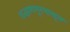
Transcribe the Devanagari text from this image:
बऱ्हाणपूरपासून